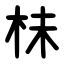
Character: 㭑